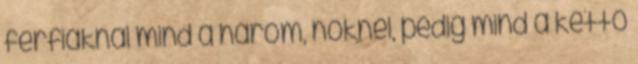
férfiaknál mind a három, nőknél, pedig mind a kettő